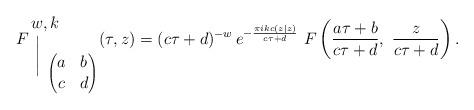
LaTeX: \begin{align*}F {{w,k \!\!\!\!\!} \atop \bigg{|}}_{\left( \begin{matrix}a & b \\c & d \\\end{matrix}\right)} (\tau, z) = (c \tau + d)^{-w} \, e^{- \frac{\pi i kc (z|z)}{c \tau + d}} \ F \left( \frac{a \tau + b }{c \tau + d}, \ \frac{z}{c \tau + d}\right).\end{align*}